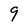
Character: 9